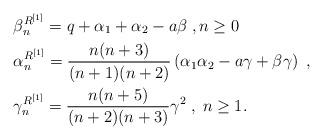
LaTeX: \begin{align*} & \beta_{n}^{R^{[1]}}= q+\alpha_{1} +\alpha_{2} -a\beta \; , n \geq 0\\ &\alpha_{n}^{R^{[1]}} = \frac{n(n+3)}{(n+1)(n+2)}\left( \alpha_{1} \alpha_{2} - a\gamma+\beta\gamma \right) \; , \\& \gamma_{n}^{R^{[1]}} = \frac{n(n+5)}{(n+2)(n+3)}\gamma^{2} \; , \; n \geq 1. \end{align*}